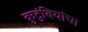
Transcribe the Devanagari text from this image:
कुटुंबियांचा